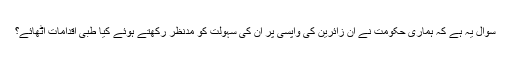
سوال یہ ہے کہ ہماری حکومت نے ان زائرین کی واپسی پر ان کی سہولت کو مدنظر رکھتے ہوئے کیا طبی اقدامات اٹھائے؟